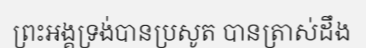
ព្រះអង្គទ្រង់បានប្រសូត បានត្រាស់ដឹង